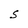
Character: S